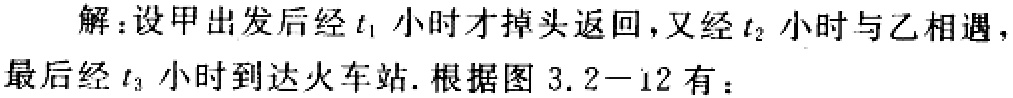
解：设甲出发后经\(t_1\)小时才掉头返回，又经\(t_2\)小时与乙相遇，最后经\(t_3\)小时到达火车站. 根据图 3.2 - 12 有：